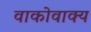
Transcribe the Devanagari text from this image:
वाकोवाक्य